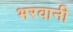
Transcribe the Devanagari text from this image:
भरवानी